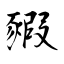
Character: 豭